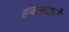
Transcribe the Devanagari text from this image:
हवलदारों